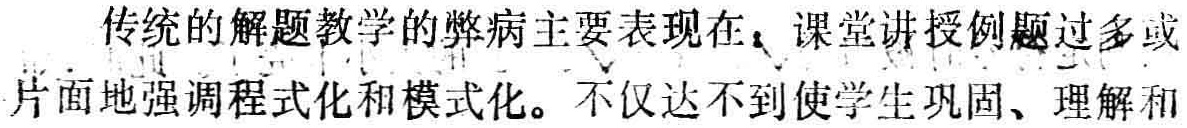
传统的解题教学的弊病主要表现在，课堂讲授例题过多或片面地强调程式化和模式化。不仅达不到使学生巩固、理解和